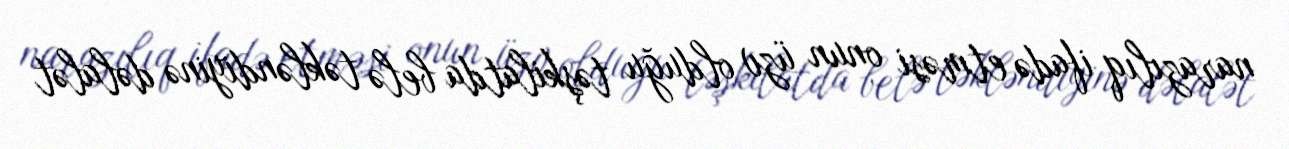
narazılıq ifadə etməsi onun üzv olduğu təşkilatda belə təkləndiyinə dəlalət